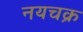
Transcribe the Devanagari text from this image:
नयचक्र